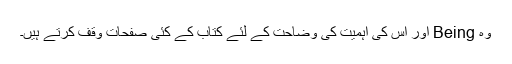
وہ Being اور اس کی اہمیت کی وضاحت کے لئے کتاب کے کئی صفحات وقف کرتے ہیں۔